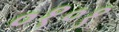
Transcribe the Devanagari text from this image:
०१०१